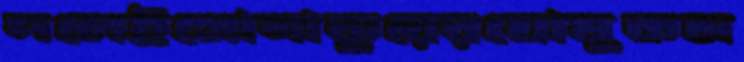
দলেইসোনাকুরেরঘোষুকম